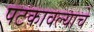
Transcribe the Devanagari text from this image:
पटकावल्याचे